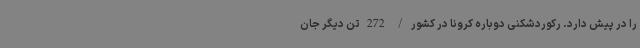
را در پیش دارد. رکوردشکنی دوباره کرونا در کشور / 272 تن دیگر جان